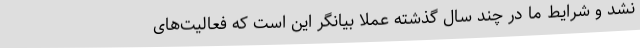
نشد و شرایط ما در چند سال گذشته عملا بیانگر این است که فعالیت‌های